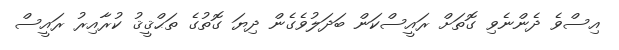
އިސްވެ ދެންނެވި ގޮތަށް ރައީސްކަން ބަދަލުވެގެން ދިޔަ ގޮތުގެ ތަޙްޤީޤު ކުރާއިރު ރައީސް